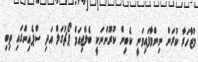
މުޒާހަރާ ކުރަން ނިންމާފައިވަނީ ކެބިން ކުރޫންނަކީ ބެލްޖިއަމް ޕޯޗުގަލް އަދި ސްޕެއިންގައި ތިބި